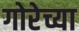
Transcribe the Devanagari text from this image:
गोरेच्या